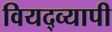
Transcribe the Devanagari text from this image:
वियद्व्यापी